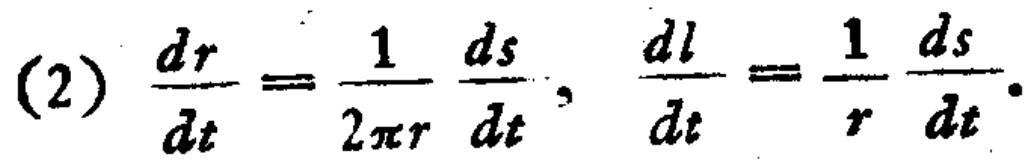
(2) \(\frac{dr}{dt}=\frac{1}{2\pi r}\frac{ds}{dt},\ \frac{dl}{dt}=\frac{1}{r}\frac{ds}{dt}\).